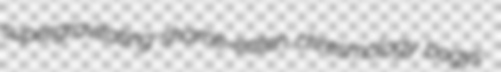
supergravitating shame-eaten chresmology bogys